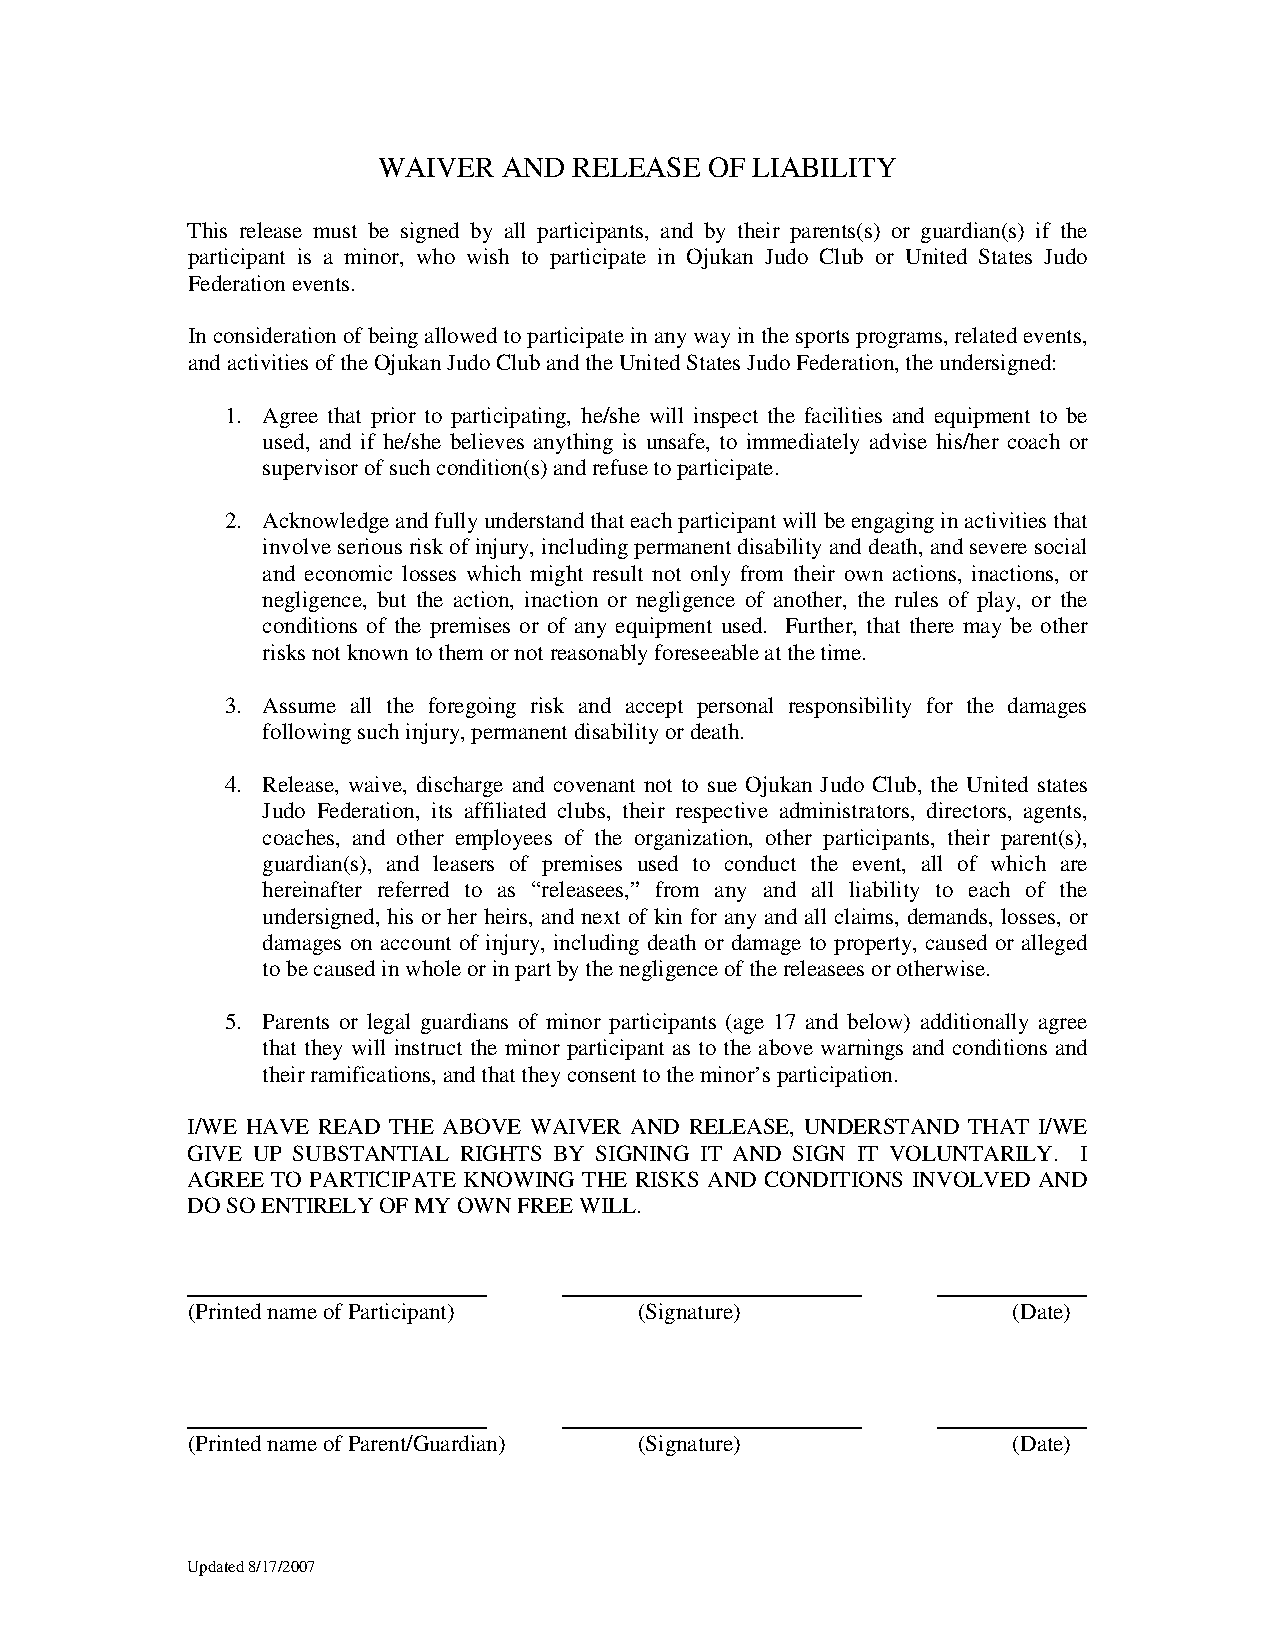
WAIVER  AND  RELEASE  OF LIABILITY
 This release must be signed by all participants, and by their parents(s) or guardian(s) if the
 participant is a minor, who wish to participate in Ojukan Judo Club or United States Judo
 Federation events.
 In consideration of being allowed to participate in any way in the sports programs, related events,
 and activities of the Ojukan Judo Club and the United States Judo Federation, the undersigned:
 1. Agree that prior to participating, he/she will inspect the facilities and equipment to be
 used, and if he/she believes anything is unsafe, to immediately advise his/her coach or
 supervisor of such condition(s) and refuse to participate.
 2. Acknowledge and fully understand that each participant will be engaging in activities that
 involve serious risk of injury, including permanent disability and death, and severe social
 and economic losses which might result not only from their own actions, inactions, or
 negligence, but the action, inaction or negligence of another, the rules of play, or the
 conditions of the premises or of any equipment used. Further, that there may be other
 risks not known to them or not reasonably foreseeable at the time.
 3. Assume all the foregoing risk and accept personal responsibility for the damages
 following such injury, permanent disability or death.
 4. Release, waive, discharge and covenant not to sue Ojukan Judo Club, the United states
 Judo Federation, its affiliated clubs, their respective administrators, directors, agents,
 coaches, and other employees of the organization, other participants, their parent(s),
 guardian(s), and leasers of premises used to conduct the event, all of which are
 hereinafter referred to as “releasees,” from any and all liability to each of the
 undersigned, his or her heirs, and next of kin for any and all claims, demands, losses, or
 damages on account of injury, including death or damage to property, caused or alleged
 to be caused in whole or in part by the negligence of the releasees or otherwise.
 5. Parents or legal guardians of minor participants (age 17 and below) additionally agree
 that they will instruct the minor participant as to the above warnings and conditions and
 their ramifications, and that they consent to the minor’s participation.
 I/WE HAVE READ THE ABOVE WAIVER AND RELEASE, UNDERSTAND THAT I/WE
 GIVE UP SUBSTANTIAL RIGHTS BY SIGNING IT AND SIGN IT VOLUNTARILY. I
 AGREE TO PARTICIPATE KNOWING THE RISKS AND CONDITIONS INVOLVED AND
 DO SO ENTIRELY OF MY OWN FREE WILL.
 (Printed name of Participant) (Signature)              (Date)
 (Printed name of Parent/Guardian) (Signature)          (Date)
 Updated 8/17/2007